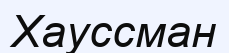
Хауссман